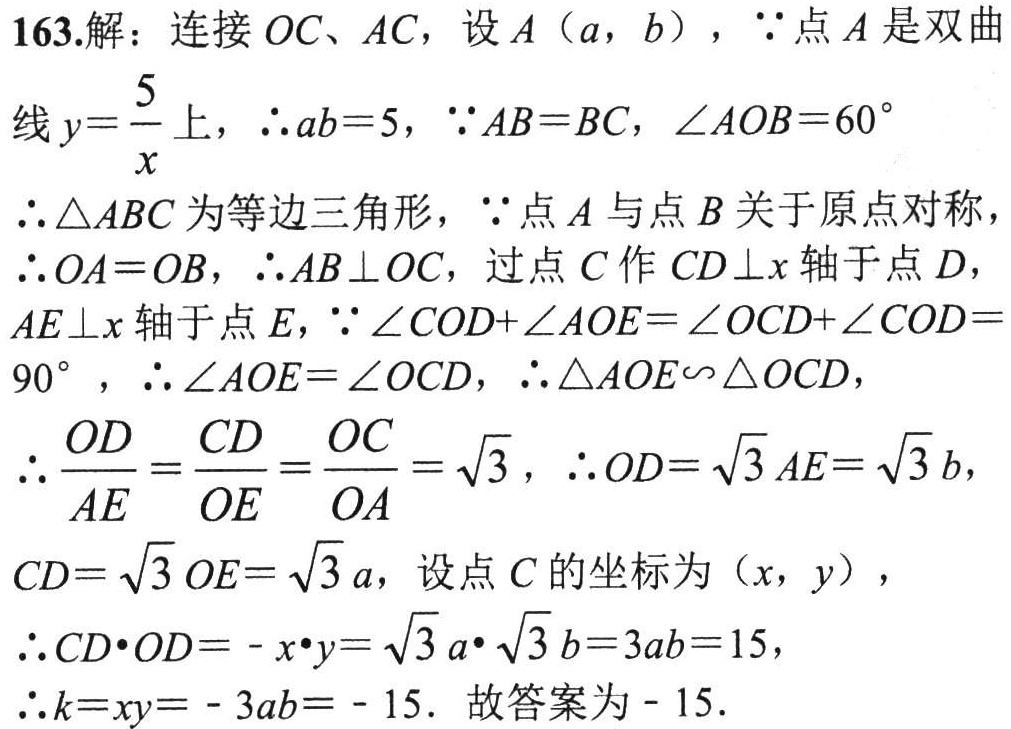
163.解：连接$OC$、$AC$，设$A（a，b）$，$\because$点$A$是双曲线$y = \frac{5}{x}$上，$\therefore ab = 5$，$\because AB = BC$，$\angle AOB = 60^{\circ}$
$\therefore\triangle ABC$为等边三角形，$\because$点$A$与点$B$关于原点对称，$\therefore OA = OB$，$\therefore AB\perp OC$，过点$C$作$CD\perp x$轴于点$D$，$AE\perp x$轴于点$E$，$\because\angle COD+\angle AOE=\angle OCD+\angle COD = 90^{\circ}$ ，$\therefore\angle AOE=\angle OCD$，$\therefore\triangle AOE\backsim\triangle OCD$，
$\therefore\frac{OD}{AE}=\frac{CD}{OE}=\frac{OC}{OA}=\sqrt{3}$，$\therefore OD=\sqrt{3}AE=\sqrt{3}b$，$CD=\sqrt{3}OE=\sqrt{3}a$，设点$C$的坐标为$(x，y)$，
$\therefore CD\cdot OD=-x\cdot y=\sqrt{3}a\cdot\sqrt{3}b = 3ab = 15$，
$\therefore k = xy=-3ab=-15$. 故答案为$- 15$.